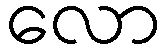
လော